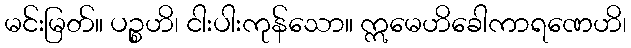
မင်းမြတ်။ ပဉ္စဟိ၊ ငါးပါးကုန်သော။ ဣမေဟိခေါကာရဏေဟိ၊